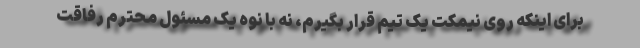
برای اینکه روی نیمکت یک تیم قرار بگیرم، نه با نوه یک مسئول محترم رفاقت